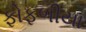
ફોફળીયા